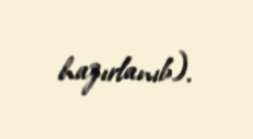
hazırlanıb).